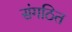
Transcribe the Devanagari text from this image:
संगठित